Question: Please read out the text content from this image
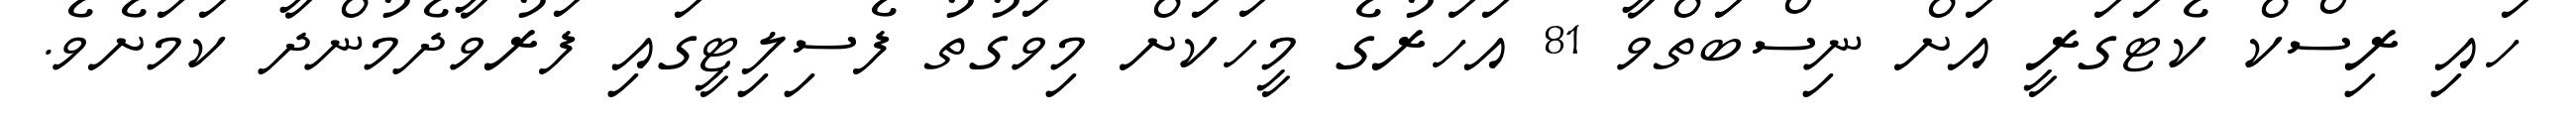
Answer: ހައި ރިސްކް ކެޓަގަރީ އަށް ނިސްބަތްވާ 81 އަހަރުގެ މީހަކަށް މިވަގުތު ފެސިލިޓީގައި ފަރުވާދެމުންދާ ކަމަށެވެ.